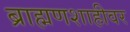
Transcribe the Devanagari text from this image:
ब्राह्मणशाहीवर